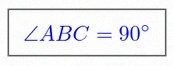
\angle ABC=90^\circ